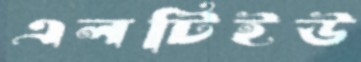
এলটিইউ